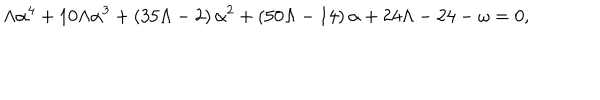
LaTeX: \Lambda \alpha ^ { 4 } + 1 0 \Lambda \alpha ^ { 3 } + \left( 3 5 \Lambda - 2 \right) \alpha ^ { 2 } + \left( 5 0 \Lambda - 1 4 \right) \alpha + 2 4 \Lambda - 2 4 - \omega = 0 ,